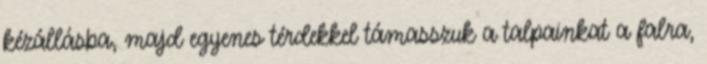
kézállásba, majd egyenes térdekkel támasszuk a talpainkat a falra,